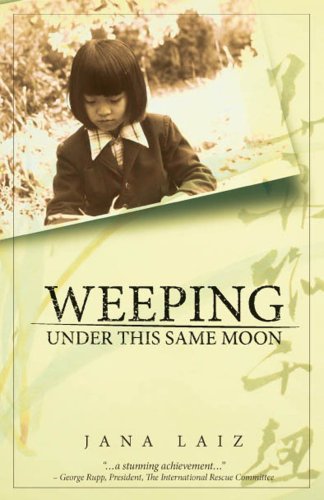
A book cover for Weeping Under This Same Moon; Jana Laiz; Teen & Young Adult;